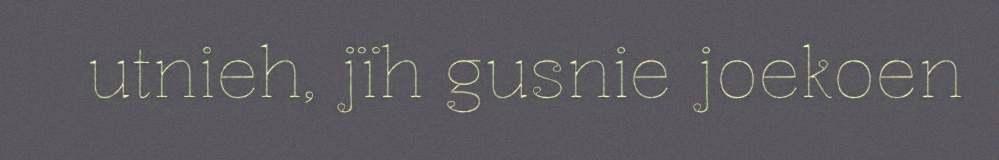
utnieh, jïh gusnie joekoen